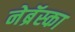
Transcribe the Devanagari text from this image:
नेब्रॅस्का